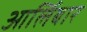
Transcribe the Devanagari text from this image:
आर्लिबार